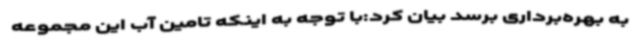
به بهره‌برداری برسد بیان کرد:با توجه به اینکه تامین آب این مجموعه